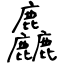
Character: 麤